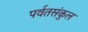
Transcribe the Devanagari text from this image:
पर्वतसंकुल